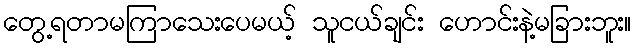
တွေ့ရတာမကြာသေးပေမယ့် သူငယ်ချင်း ဟောင်းနဲ့မခြားဘူး။